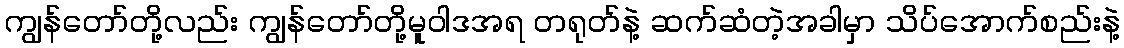
ကျွန်တော်တို့လည်း ကျွန်တော်တို့မူဝါဒအရ တရုတ်နဲ့ ဆက်ဆံတဲ့အခါမှာ သိပ်အောက်စည်းနဲ့